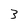
Character: 3